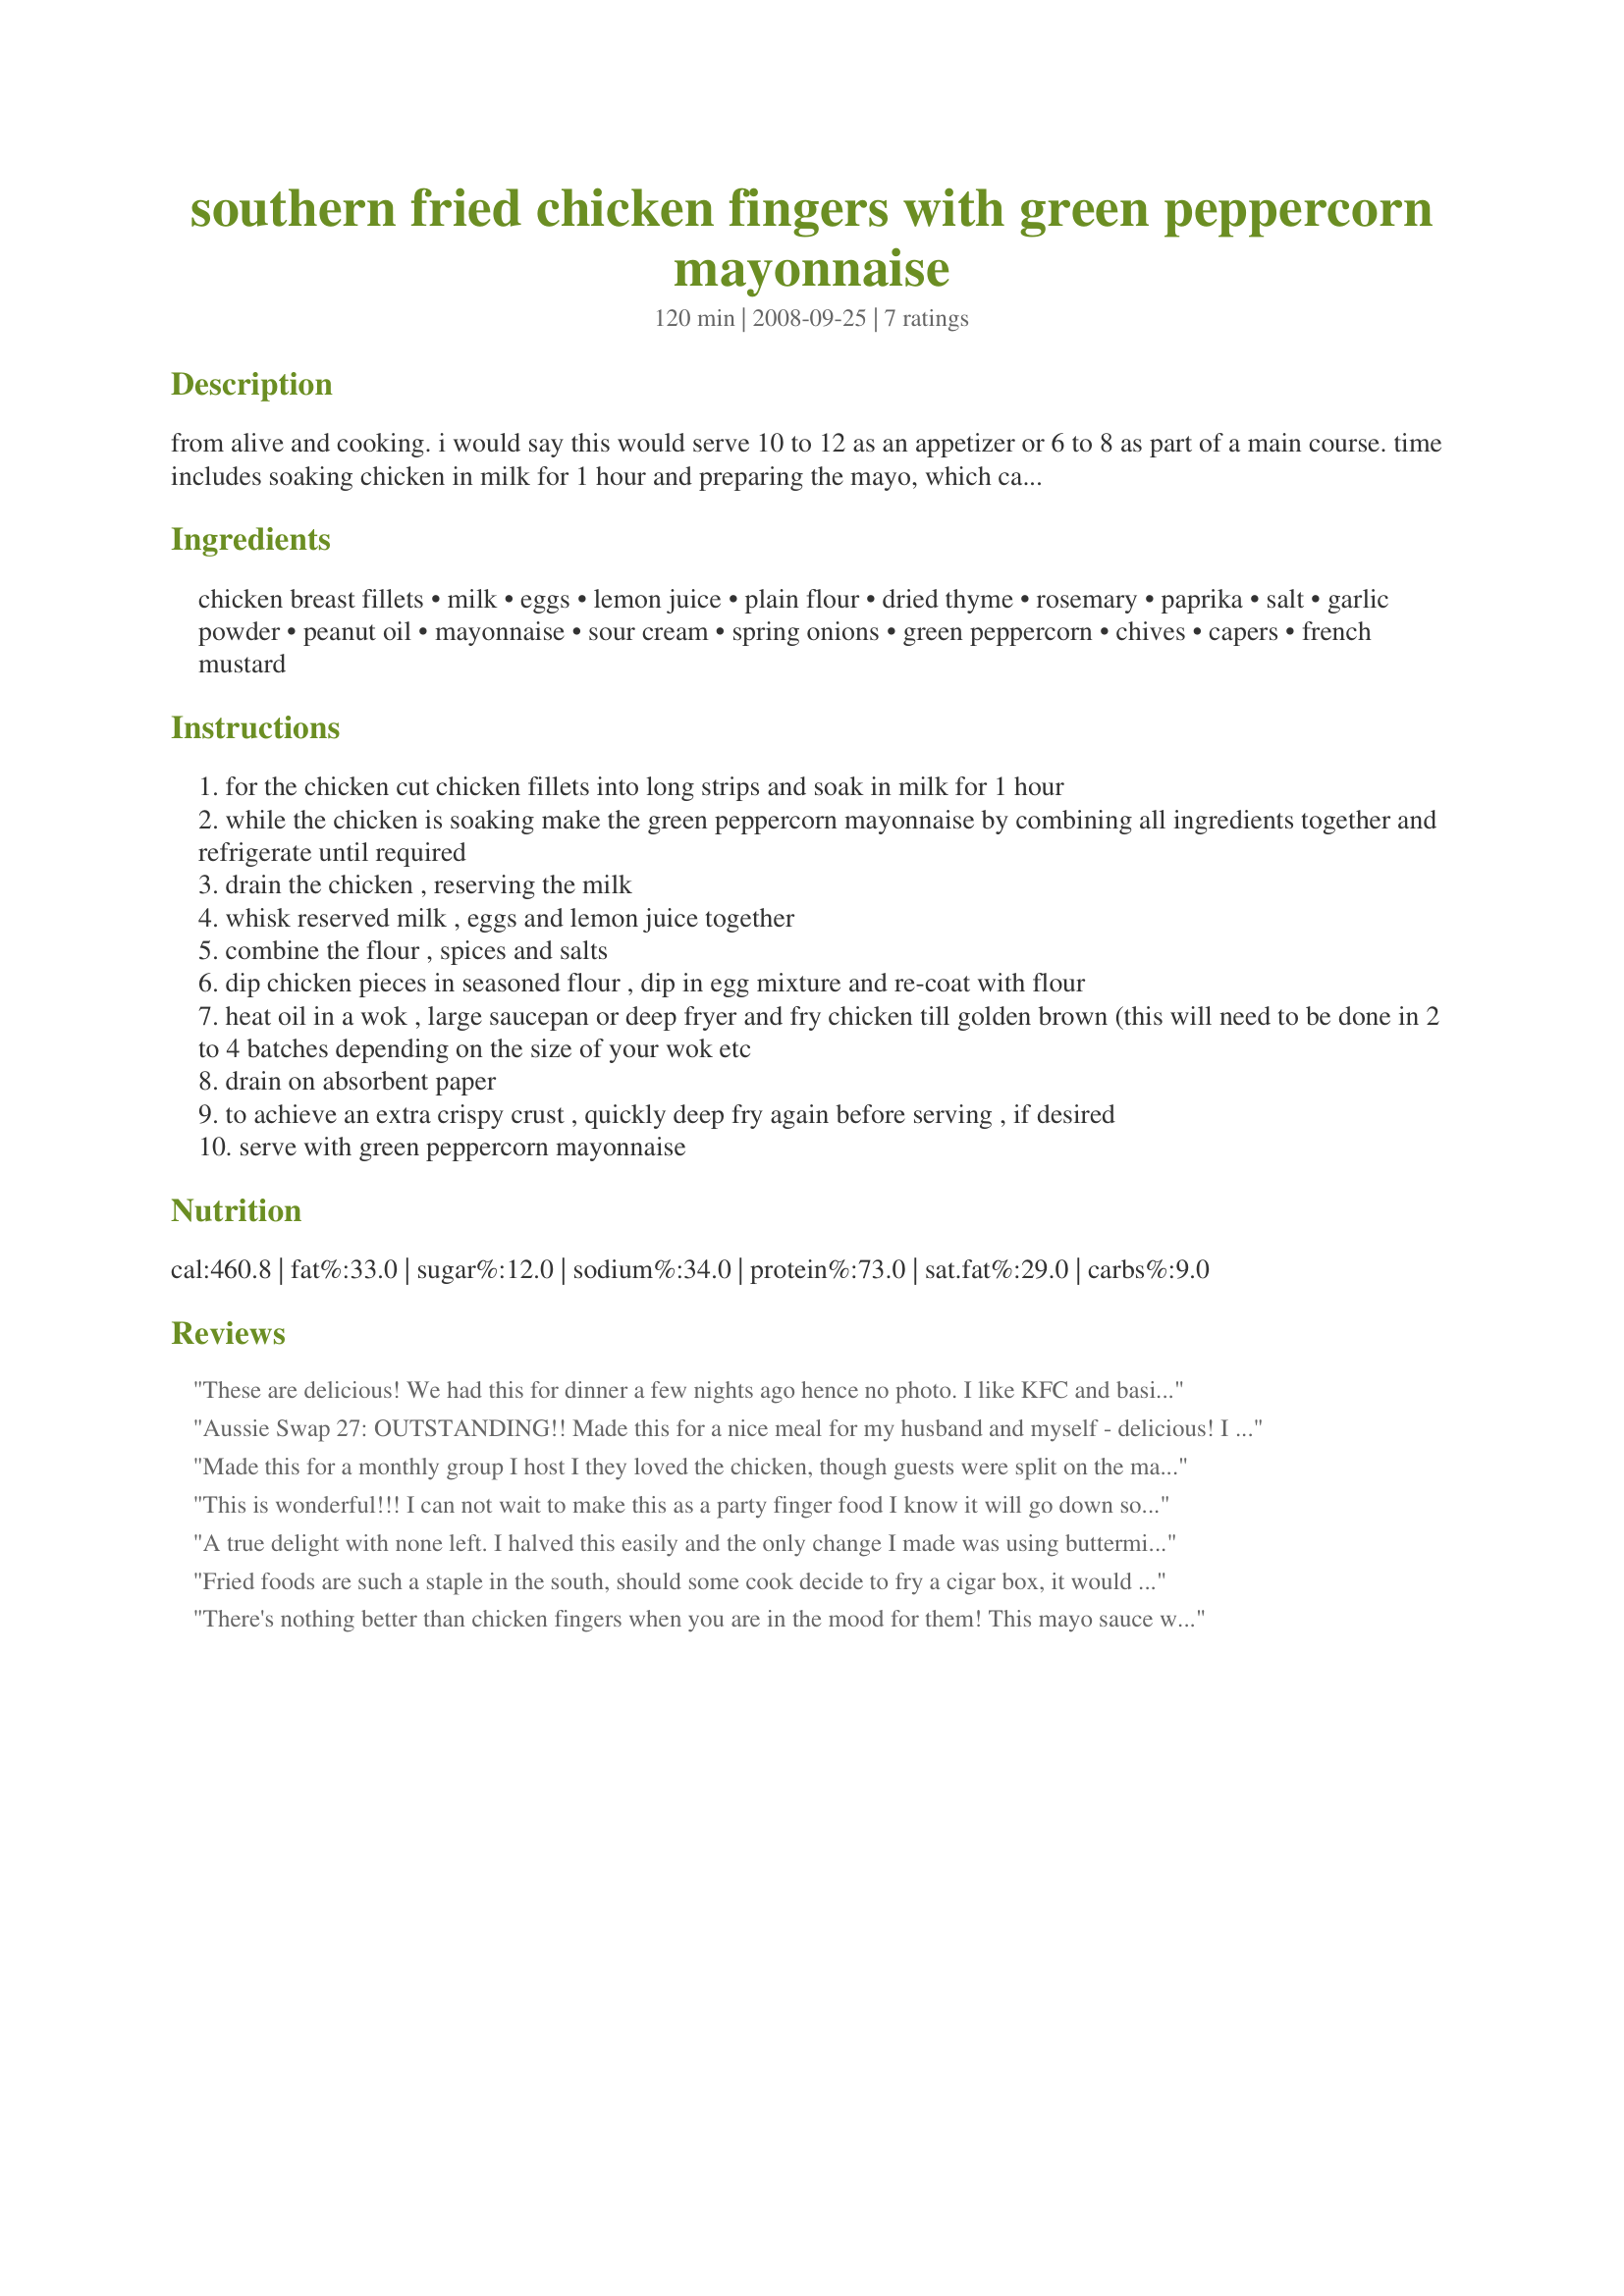
southern fried chicken fingers with green peppercorn mayonnaise
Preparation time: 120 minutes

from alive and cooking. i would say this would serve 10 to 12 as an appetizer or 6 to 8 as part of a main course. time includes soaking chicken in milk for 1 hour and preparing the mayo, which can be done while chicken is steeping in the milk (takes about 10 minutes to do including getting ingredients and equipment out), 5 minutes to cut and steep chicken and about 15 to 25 minutes to prepare your flour, egg etc and do the dipping. we tweaked some of the amounts to suit ourselves, have put the original amounts in brackets. needs to be served asap out of the oil to get the crispiness but even that said it is still very tasteful after it has lost its crispiness. dh declared he would prefer the chicken without the mayo. i made a half batch and had more than enough for the 4 of us (i could have halved again and it would have been just right for us) i actually found the mayo to be quite rich in its taste and had only a small amount but the dm and ds i think would have been happy to eat by the spoonful (could use excess in sandwiches etc). if serving as an appetizer you may wish to serve other sauces with it, the dh thought he would prefer a sweet and sour or a sweet chili (but one with a bit of kick, not overly sweet).

Ingredients:
chicken breast fillets, milk, eggs, lemon juice, plain flour, dried thyme, rosemary, paprika, salt, garlic powder, peanut oil, mayonnaise, sour cream, spring onions, green peppercorn, chives, capers, french mustard

Steps:
for the chicken cut chicken fillets into long strips and soak in milk for 1 hour
while the chicken is soaking make the green peppercorn mayonnaise by combining all ingredients together and refrigerate until required
drain the chicken , reserving the milk
whisk reserved milk , eggs and lemon juice together
combine the flour , spices and salts
dip chicken pieces in seasoned flour , dip in egg mixture and re-coat with flour
heat oil in a wok , large saucepan or deep fryer and fry chicken till golden brown (this will need to be done in 2 to 4 batches depending on the size of your wok etc
drain on absorbent paper
to achieve an extra crispy crust , quickly deep fry again before serving , if desired
serve with green peppercorn mayonnaise

Reviews:
These are delicious! We had this for dinner a few nights ago hence no photo. I like KFC and basically SFCs so it wasn't a surprise that I would love these. I used cut ups and strips then marinated this first with Recipe #306144 before following the rest of the procedure. Love the combination of spices in this fried chicken. As for the sauce, I halved the ingredients as we didn't need that much. Just reviewing this makes me want to make this again. Thanks for posting!
Aussie Swap 27: OUTSTANDING!! Made this for a nice meal for my husband and myself - delicious! I love the peppercorn mayo! Next time I will make some extra to keep in the fridge for other dishes!!
Made this for a monthly group I host I they loved the chicken, though guests were split on the mayo, almost half being happy enough without it while the others thought it added & great 'extra'! I like the idea of deep frying yet again just before serving & will have to try that out another time! Thanks for a great keeper! [Tagged, made & reviewed in 1-2-3 Hit Wonders]
This is wonderful!!! I can not wait to make this as a party finger food I know it will go down so well. I guess we have similar tastes as you Pat. I loved the peppercorn mayonnaise whereas my hubby thought it was nice, but thought the chicken had so much flavour by itself. Therefore he only had a little, oh well more for me and enjoyed every bit of it. I have saved the leftover for my son for tomorrow night so I will come back and let you know how it works out I think it will be fine. All I can say is an absolute winner and I will enjoy this one often. Cheers Pat
A true delight with none left. I halved this easily and the only change I made was using buttermilk instead of just milk. Followed this exactly from that point on. I used my electric skillet to fry these up, in a little oil, (about 1/4 cup in a 12 inch skillet) These came together beautifully and were enjoyed by all. The mayonnaise is excellent, we used this as a small dipping sauce and it was very aromatic, as well as a pleasure to use. I truly loved the use of spring onions here, and I can hardly wait to make this again! Thank you, Pat! Made for *Everyday is a Holiday* February 2009.
Fried foods are such a staple in the south, should some cook decide to fry a cigar box, it would probably be deemed delicious. Made for Everyday Is a Holiday and would make my mama proud.
There's nothing better than chicken fingers when you are in the mood for them! This mayo sauce was very good....served half the chicken with it and half with Recipe #391028 391028. Made for Holiday Tag!
